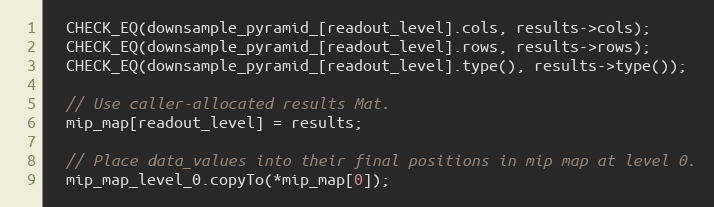
Language: C
  CHECK_EQ(downsample_pyramid_[readout_level].cols, results->cols);
  CHECK_EQ(downsample_pyramid_[readout_level].rows, results->rows);
  CHECK_EQ(downsample_pyramid_[readout_level].type(), results->type());

  // Use caller-allocated results Mat.
  mip_map[readout_level] = results;

  // Place data_values into their final positions in mip map at level 0.
  mip_map_level_0.copyTo(*mip_map[0]);